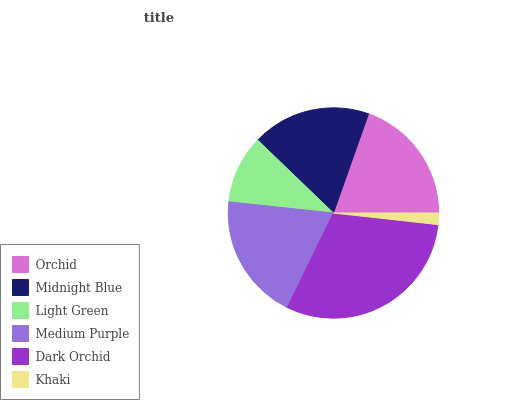
| Orchid | Midnight Blue | Light Green | Medium Purple | Dark Orchid | Khaki |
 | --- | --- | --- | --- | --- | --- |
 | 19.6% | 18.2% | 10.5% | 19.4% | 30.6% | 1.75% |